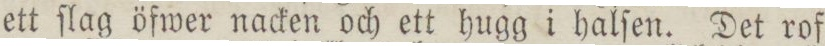
ett ſlag öfwer nacken och ett hugg i halſen. Det rof